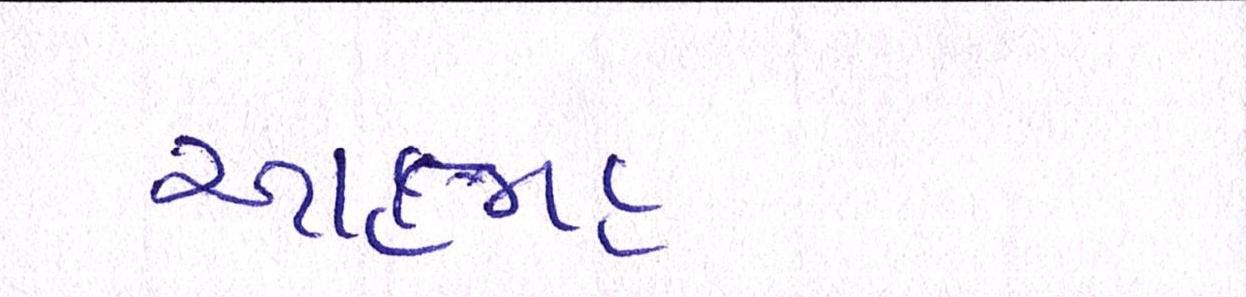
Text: આત્મહત્યાના